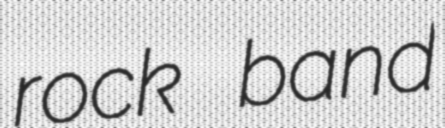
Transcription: rock band